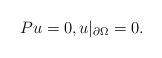
LaTeX: \begin{align*} Pu = 0 , u|_{\partial \Omega} = 0.\end{align*}